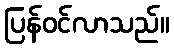
ပြန်ဝင်လာသည်။